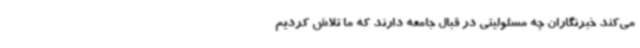
می‌کند خبرنگاران چه مسئولیتی در قبال جامعه دارند که ما تلاش کردیم